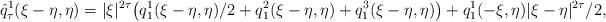
LaTeX: \begin{align*}\hat{q}_{\tau}^1(\xi-\eta, \eta) = |\xi|^{2\tau} \big(q_{1}^1(\xi-\eta, \eta)/2 + q_1^2(\xi-\eta, \eta) +q_1^3(\xi-\eta, \eta)\big)+q_1^1(-\xi, \eta)|\xi-\eta|^{2\tau}/2,\end{align*}